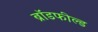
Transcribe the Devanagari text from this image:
ब्रॉडफील्ड